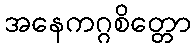
အနေကဂ္ဂစိတ္တော